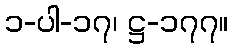
၁-ပါ-၁၇၊ ဋ္ဌ-၁၇၇။